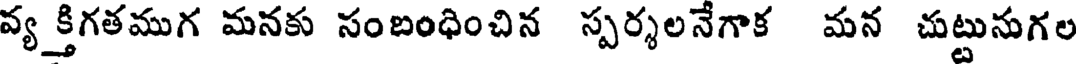
వ్యక్తిగతముగ మనకు సంబంధించిన స్పర్శలనేగాక మన చుట్టునుగల